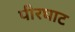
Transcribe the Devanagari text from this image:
पीरघाट